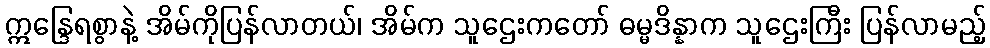
ဣန္ဒြေရစွာနဲ့ အိမ်ကိုပြန်လာတယ်၊ အိမ်က သူဌေးကတော် ဓမ္မဒိန္နာက သူဌေးကြီး ပြန်လာမည့်